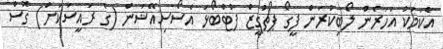
އެކަމަކު އަހަރެން ލޯބިކުރަން ފީގޯ ޕޯޗުގީޒް ފުޓްބޯޅަ އެސޯސިއޭޝަން (ގެ ރައީސަކަށް) ގޮސް